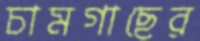
চামগাছের